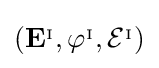
\left(\mathbf {E} ^{_{\mathrm {I} }},\varphi ^{_{\mathrm {I} }},{\mathcal {E}}^{_{\mathrm {I} }}\right)